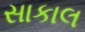
સાકાલ